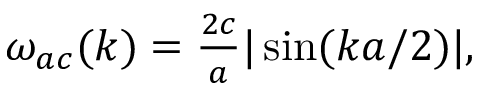
\begin{array} { r } { \omega _ { a c } ( k ) = \frac { 2 c } { a } | \sin ( k a / 2 ) | , } \end{array}